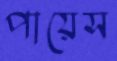
পায়েস